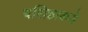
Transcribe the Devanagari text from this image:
वसिष्ठाकडे